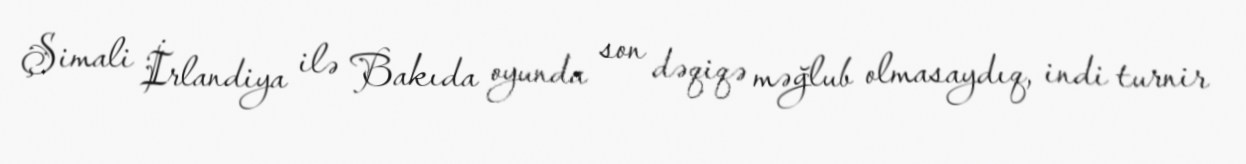
Şimali İrlandiya ilə Bakıda oyunda son dəqiqə məğlub olmasaydıq, indi turnir